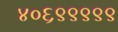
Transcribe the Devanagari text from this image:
४०६९९९९९